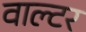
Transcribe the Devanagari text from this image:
वाल्‍टर